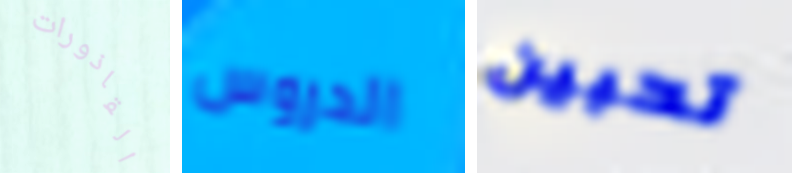
القاذورات الدروس تحبين